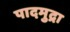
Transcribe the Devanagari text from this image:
पादमुद्रा